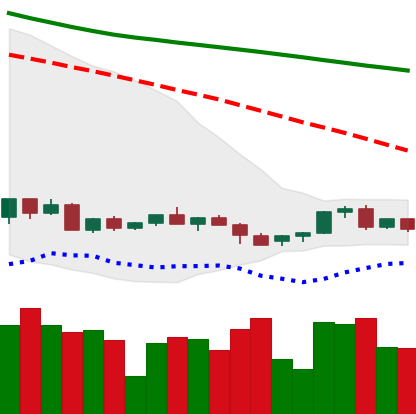
Ticker: LINK-USD
Chart end date: 2022-06-03
Forward return: 27.031%
Label: up_7plus